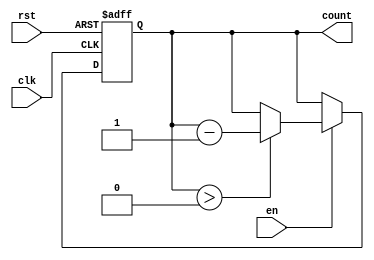
module binary_down_counter (
    input wire clk,        // Clock signal
    input wire rst,        // Asynchronous reset signal
    input wire en,         // Enable signal
    output reg [3:0] count // 4-bit binary output for the current count value
);

    // Define the maximum value for the counter (4'b1111)
    parameter MAX_VALUE = 4'b1111;

    // Asynchronous reset and counting logic
    always @(posedge clk or posedge rst) begin
        if (rst) begin
            // Reset the counter to the maximum value
            count <= MAX_VALUE;
        end else if (en) begin
            // Decrement the counter if enabled
            if (count > 0) begin
                count <= count - 1;
            end
            // If counting down to zero, hold at zero
            // If wrap-around behavior is desired, uncomment the line below:
            // else begin
            //     count <= MAX_VALUE; // Uncomment for wrap-around
            // end
        end
    end

    // Initialize count to MAX_VALUE at simulation start
    initial begin
        count = MAX_VALUE;
    end

endmodule